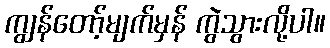
ကျွန်တော့်မျက်မှန် ကွဲသွားလို့ပါ။